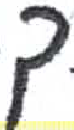
אות: ך